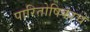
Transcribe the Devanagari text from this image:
पारितोषिकांचे